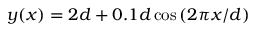
y ( x ) = 2 d + 0 . 1 d \cos { ( 2 \pi x / d ) }